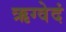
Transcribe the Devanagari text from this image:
ऋग्वेदं